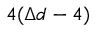
4 ( \Delta d - 4 )